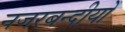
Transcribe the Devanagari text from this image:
नजरबन्दीयों